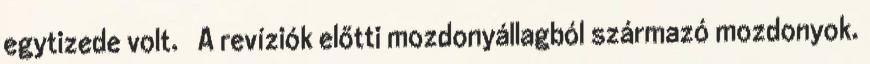
egytizede volt. ↑ A revíziók előtti mozdonyállagból származó mozdonyok.